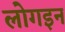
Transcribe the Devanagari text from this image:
लोगइन